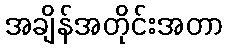
အချိန်အတိုင်းအတာ